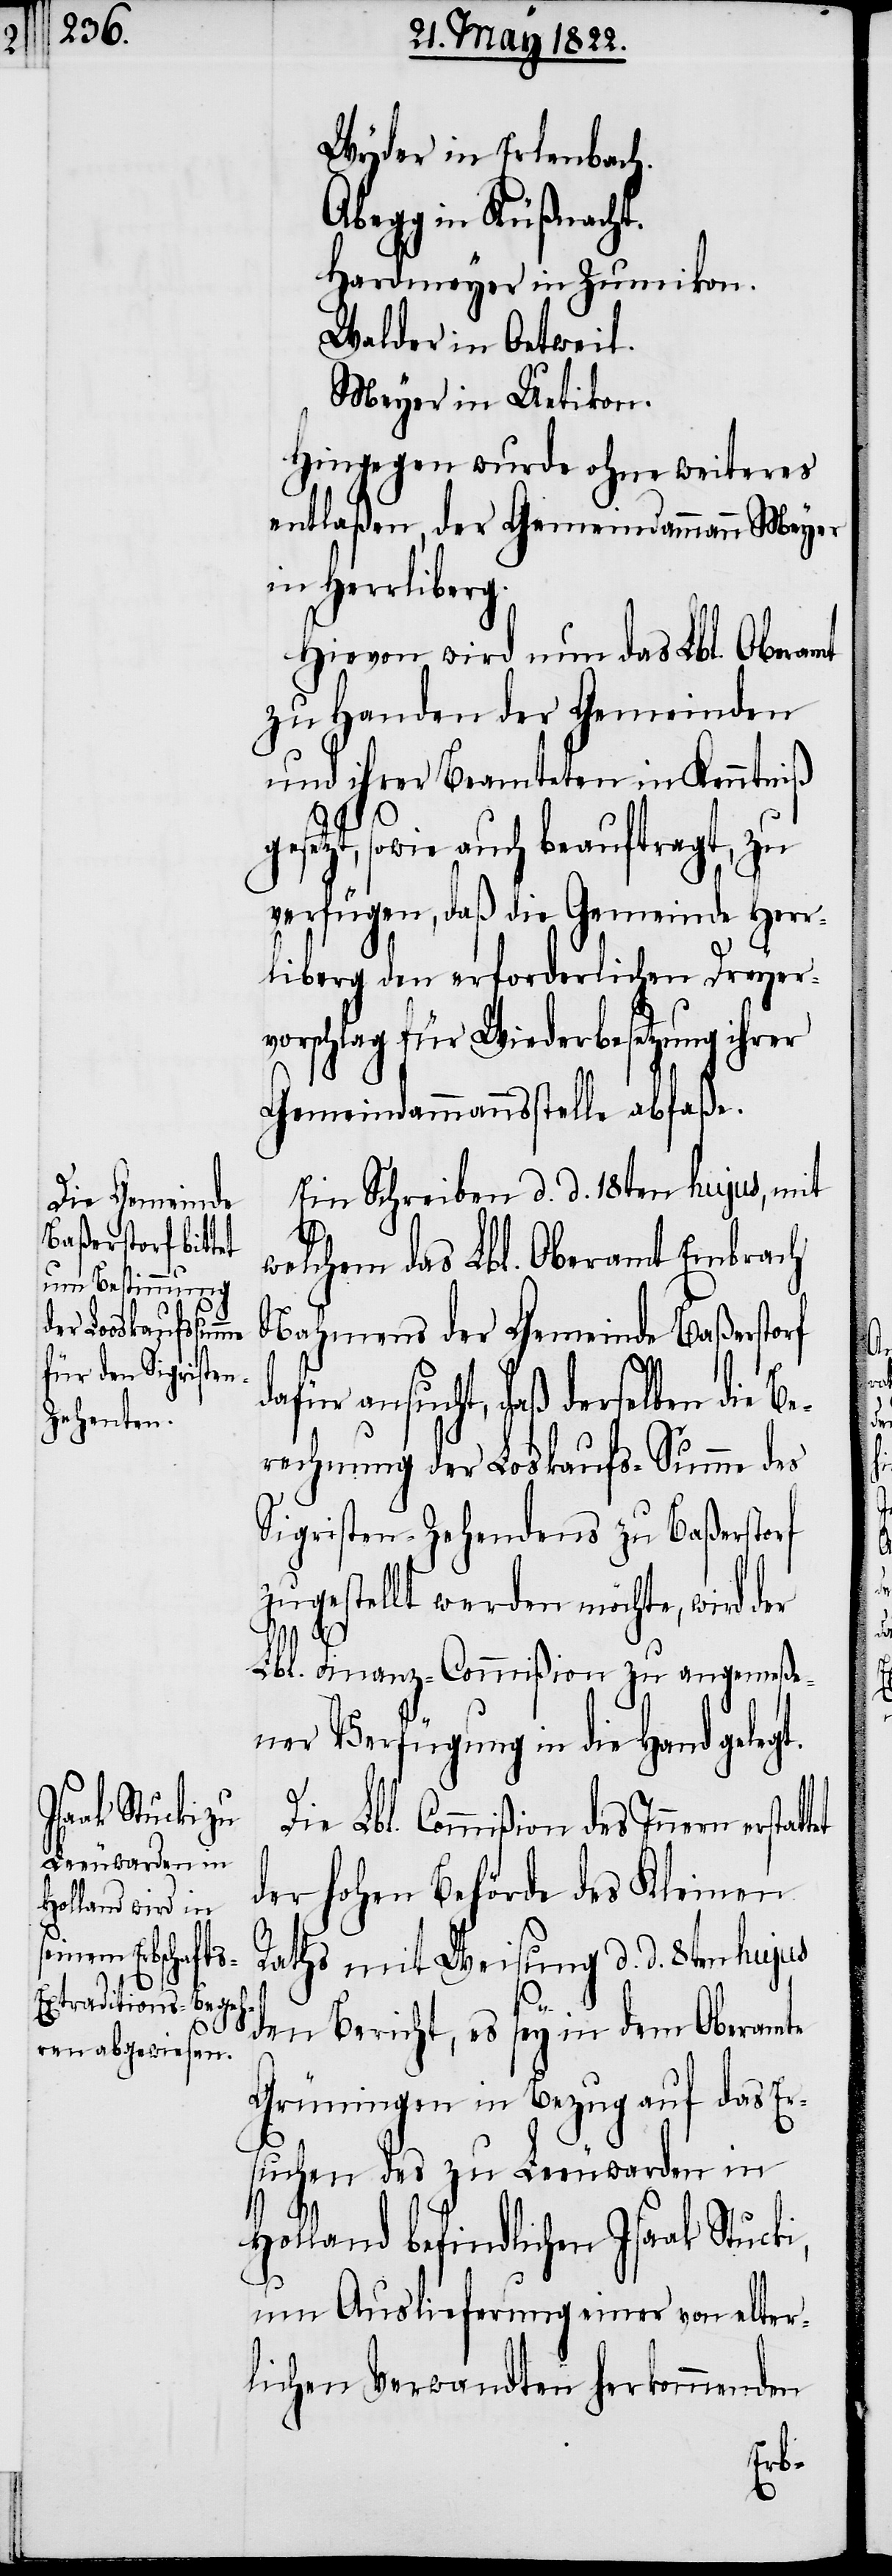
Wyder in Erlenbach.
Abegg in Küßnacht.
Hardmeyer in Zumikon.
Walder in Oetweil.
Meyer in Uetikon.
Hingegen wurde ohne weiteres
entlaßen, der Gemeindammann Meyer
in Herrliberg.
Hievon wird nun das Lbl. Oberamt
zu Handen der Gemeinden
und ihrer Beamteten in Kenntniß
ttet
setzt, sowie auch beauftragt, zu
verfügen, daß die Gemeinde Herr¬
liberg den erforderlichen Dreyer¬
vorschlag für Wiederbesetzung ihrer
Gemeindammannsstelle abfaße.
Ein Schreiben d. d. 18ten hujus, mit
ge¬
welchem das Lbl. Oberamt Embrach
Nahmens der Gemeinde Baßerstorf
ansucht, daß derselben die B¬
erechnung der Loskaufs-Summe des
Sigristen-Zehendens zu Baßerstorf
zugestellt werden möchte, wird der
Lbl. Finanz-Commißion zu angemeße¬
ner Verfügung in die Hand gelegt.
Die Lbl. Commißion des Innern ersta¬
der hohen Behörde des Kleinen
Raths mit Weisung d. d. 8ten hujus
den Bericht, es sey in dem Oberamte
Grüningen in Bezug auf das Er¬
suchen des zu Leeuwarden in
Holland befindlichen Isaak Stucki,
um Auslieferung einer von elter¬
lichen Verwandten herkommenden